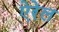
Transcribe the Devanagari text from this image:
ऐरेल